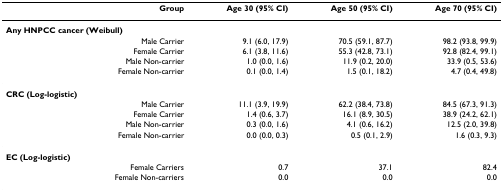
<table><thead><tr><td><b>Group</b></td><td><b>Age 30 (95% CI)</b></td><td><b>Age 50 (95% CI)</b></td><td><b>Age 70 (95% CI)</b></td></tr></thead><tbody><tr><td><b>Any HNPCC cancer (Weibull)</b></td><td></td><td></td><td></td></tr><tr><td>Male Carrier</td><td>9.1 (6.0, 17.9)</td><td>70.5 (59.1, 87.7)</td><td>98.2 (93.8, 99.9)</td></tr><tr><td>Female Carrier</td><td>6.1 (3.8, 11.6)</td><td>55.3 (42.8, 73.1)</td><td>92.8 (82.4, 99.1)</td></tr><tr><td>Male Non-carrier</td><td>1.0 (0.0, 1.6)</td><td>11.9 (0.2, 20.0)</td><td>33.9 (0.5, 53.6)</td></tr><tr><td>Female Non-carrier</td><td>0.1 (0.0, 1.4)</td><td>1.5 (0.1, 18.2)</td><td>4.7 (0.4, 49.8)</td></tr><tr><td><b>CRC (Log-logistic)</b></td><td></td><td></td><td></td></tr><tr><td>Male Carrier</td><td>11.1 (3.9, 19.9)</td><td>62.2 (38.4, 73.8)</td><td>84.5 (67.3, 91.3)</td></tr><tr><td>Female Carrier</td><td>1.4 (0.6, 3.7)</td><td>16.1 (8.9, 30.5)</td><td>38.9 (24.2, 62.1)</td></tr><tr><td>Male Non-carrier</td><td>0.3 (0.0, 1.6)</td><td>4.1 (0.6, 16.2)</td><td>12.5 (2.0, 39.8)</td></tr><tr><td>Female Non-carrier</td><td>0.0 (0.0, 0.3)</td><td>0.5 (0.1, 2.9)</td><td>1.6 (0.3, 9.3)</td></tr><tr><td><b>EC (Log-logistic)</b></td><td></td><td></td><td></td></tr><tr><td>Female Carriers</td><td>0.7</td><td>37.1</td><td>82.4</td></tr><tr><td>Female Non-carriers</td><td>0.0</td><td>0.0</td><td>0.0</td></tr></tbody></table>